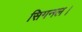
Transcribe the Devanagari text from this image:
सिगनल।